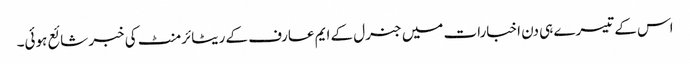
اس کے تیسرے ہی دن اخبارات میں جنرل کے ایم عارف کے ریٹائرمنٹ کی خبر شائع ہوئی۔